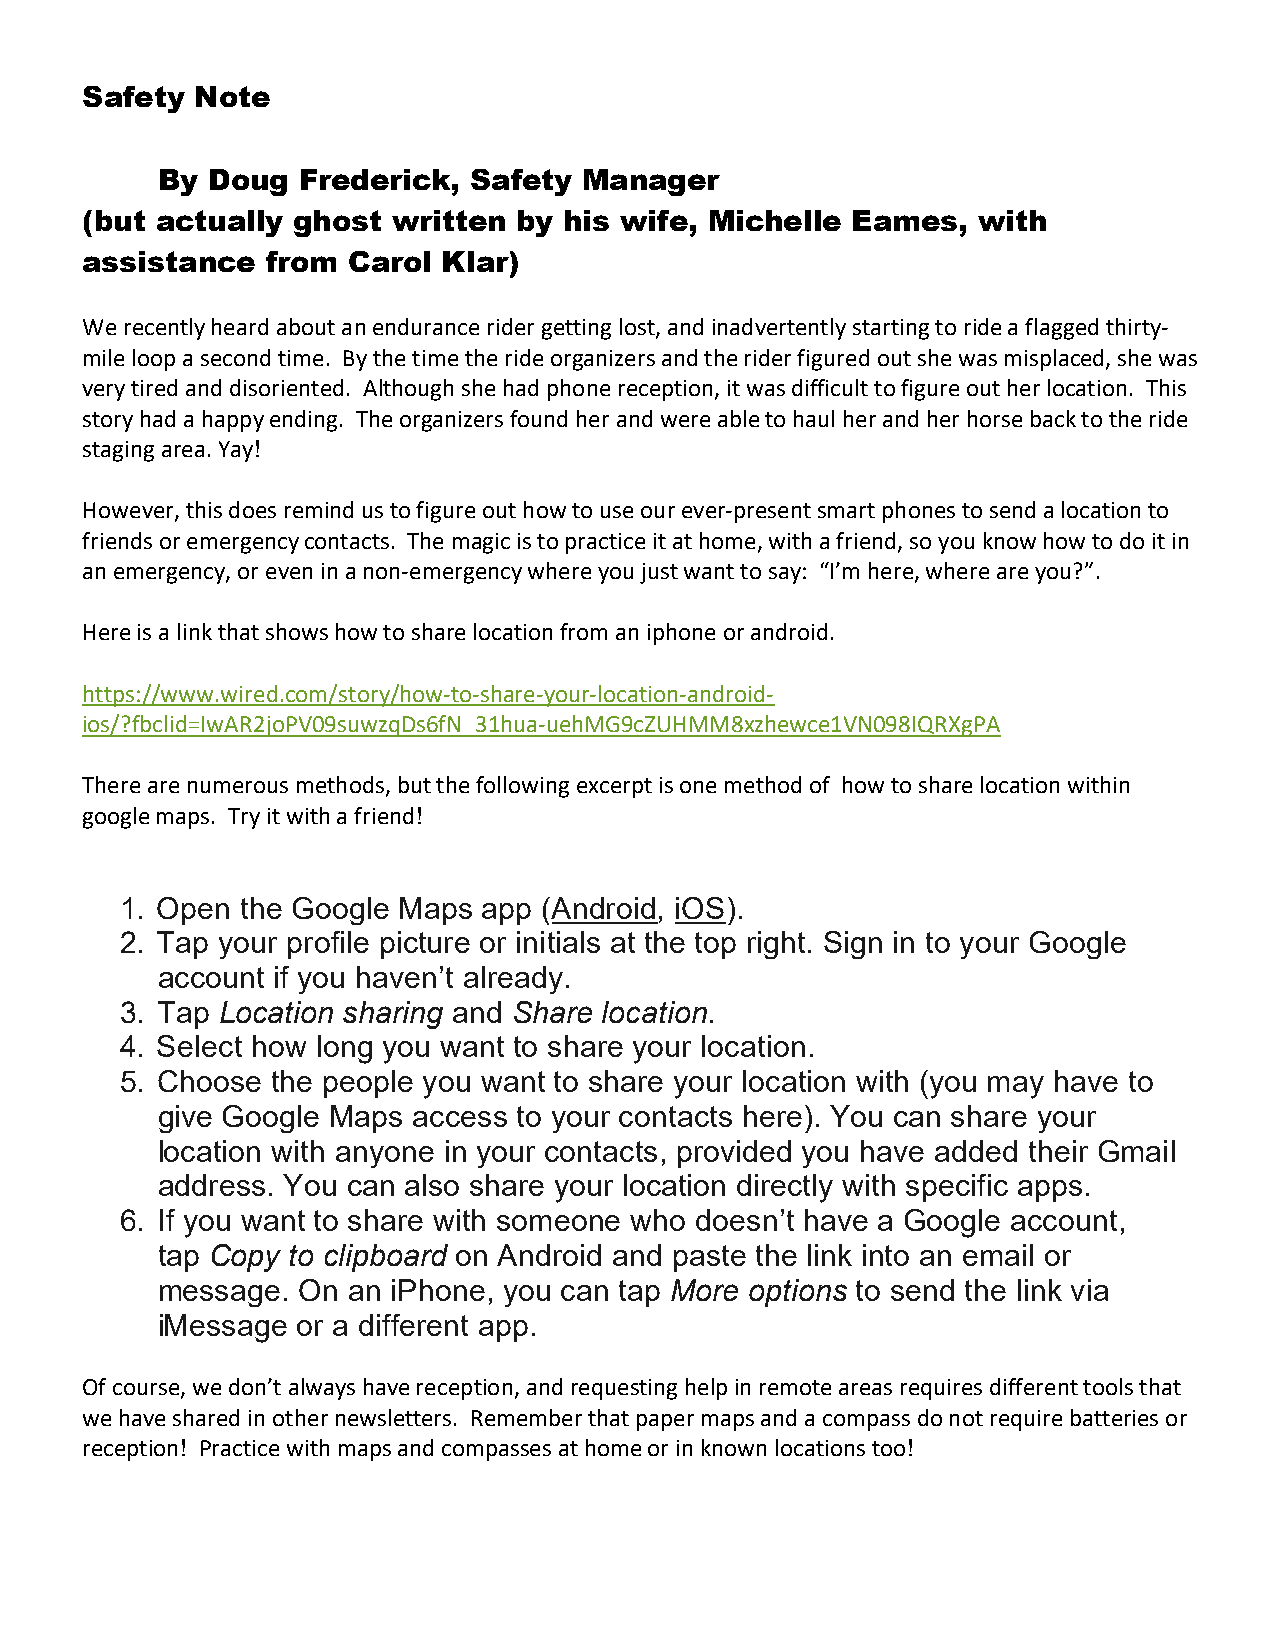
Safety  Note
 By  Doug  Frederick, Safety  Manager
 (but actually ghost  written by his wife, Michelle Eames,   with
 assistance   from Carol Klar)
 We recently heard about an endurance rider getting lost, and inadvertently starting to ride a flagged thirty-
 mile loop a second time. By the time the ride organizers and the rider figured out she was misplaced, she was
 very tired and disoriented. Although she had phone reception, it was difficult to figure out her location. This
 story had a happy ending. The organizers found her and were able to haul her and her horse back to the ride
 staging area. Yay!
 However, this does remind us to figure out how to use our ever-present smart phones to send a location to
 friends or emergency contacts. The magic is to practice it at home, with a friend, so you know how to do it in
 an emergency, or even in a non-emergency where you just want to say: “I’m here, where are you?”.
 Here is a link that shows how to share location from an iphone or android.
 https://www.wired.com/story/how-to-share-your-location-android-
 ios/?fbclid=IwAR2joPV09suwzqDs6fN_31hua-uehMG9cZUHMM8xzhewce1VN098IQRXgPA
 There are numerous methods, but the following excerpt is one method of how to share location within
 google maps. Try it with a friend!
 1. Open the Google Maps app (Android, iOS).
 2. Tap your profile picture or initials at the top right. Sign in to your Google
 account if you haven’t already.
 3. Tap Location sharing and Share location.
 4. Select how long you want to share your location.
 5. Choose the people you want to share your location with (you may have to
 give Google Maps access to your contacts here). You can share your
 location with anyone in your contacts, provided you have added their Gmail
 address. You can also share your location directly with specific apps.
 6. If you want to share with someone who doesn’t have a Google account,
 tap Copy to clipboard on Android and paste the link into an email or
 message.  On an iPhone, you can tap More options to send the link via
 iMessage  or a different app.
 Of course, we don’t always have reception, and requesting help in remote areas requires different tools that
 we have shared in other newsletters. Remember that paper maps and a compass do not require batteries or
 reception! Practice with maps and compasses at home or in known locations too!